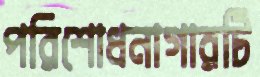
পরিশোধনাগারটি